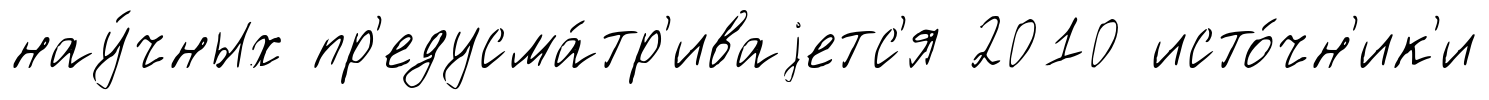
нау́чных пр'едусма́тр'иваjетс'я 2010 исто́чн'ик'и